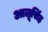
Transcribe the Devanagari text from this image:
आलूसिंह